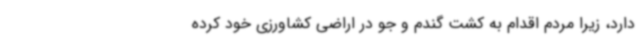
دارد، زیرا مردم اقدام به کشت گندم و جو در اراضی کشاورزی خود کرده